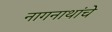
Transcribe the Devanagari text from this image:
नागनाथांचे